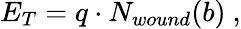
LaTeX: E_{T}=q\cdot N_{wound}(b)\ ,